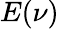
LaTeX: E(\nu)